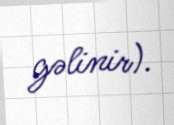
gəlinir).